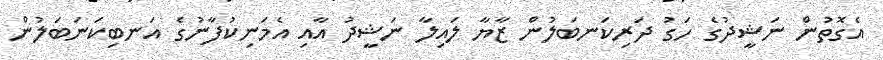
އެގޮތުން ނަޝީދުގެ ހަގު ދަރިކަނބަލުން ޒާޔާ ލައިލާ ނަޝީދު އާއި އެމަނިކުފާނުގެ އަނބިކަނަބަލުން